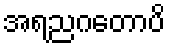
အရညဂတောပိ